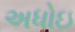
અધોઇ